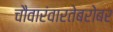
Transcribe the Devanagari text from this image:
चौवारंवारतेबरोबर